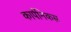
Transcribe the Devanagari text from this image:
कार्पनिकस